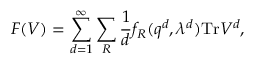
F ( V ) = \sum _ { d = 1 } ^ { \infty } \sum _ { R } { \frac { 1 } { d } } f _ { R } ( q ^ { d } , \lambda ^ { d } ) \mathrm { T r } V ^ { d } ,